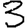
Digit: 3